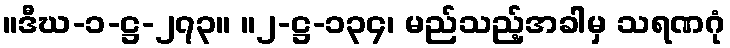
။ဒီဃ-၁-ဋ္ဌ-၂၇၃။ ။၂-ဋ္ဌ-၁၃၄၊ မည်သည့်အခါမှ သရဏဂုံ